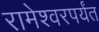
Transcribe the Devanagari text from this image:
रामेश्वरपर्यंत